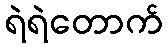
ရဲရဲတောက်